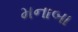
મનાબા